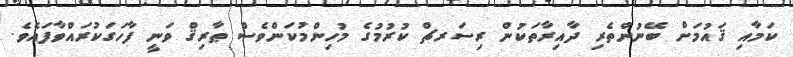
ކަމާއި ޤައުމަށް ބޭނުންތެރި ދާއިރާތަކުން ރިސަރޗް ކުރުމުގެ މުހިންމުކަންވެސް ޠާރިޤް ވަނީ ފާހަގަކުރައްވާފައެވެ.